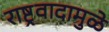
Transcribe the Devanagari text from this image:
राष्ट्रवादामुळे